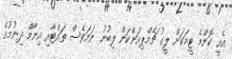
އެއީ ކޮންމެ ޓީމަކަށް ލީގު ޗެމްޕިއަންކަން ލިބުނު ނަމަވެސް ތައްޓާއި އިނާމް ދިނުމުގެ